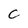
Character: C